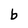
Character: b